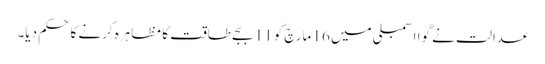
عدالت نے گوا اسمبلی میں 16 مارچ کو 11 بجے طاقت کا مظاہرہ کرنے کا حکم دیا۔